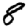
Digit: 8